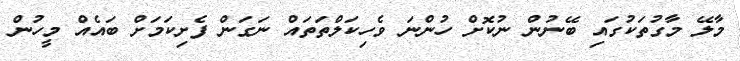
މާލޭ މާގުތަކުގައި ބޭނުން ނުކޮށް ހުންނަ ވެހިކަލްތަތައް ނަގަން ފެށިކަމަށް ބައެއް މީހުން